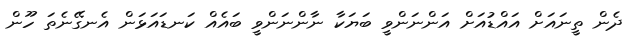
ދެން ތީނައަށް އައްޑުއަށް އަންނަންވީ ބަޔަކާ ނާންނަންވީ ބައެއް ކަނޑައަޅަން އެނގޭނެތަ ހޫން